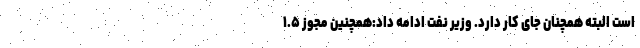
است البته همچنان جای کار دارد. وزیر نفت ادامه داد:‌همچنین مجوز ۱.۵